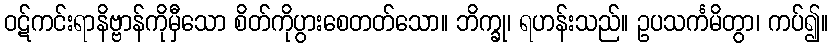
ဝဋ်ကင်းရာနိဗ္ဗာန်ကိုမှီသော စိတ်ကိုပွားစေတတ်သော။ ဘိက္ခု၊ ရဟန်းသည်။ ဥပသင်္ကမိတွာ၊ ကပ်၍။